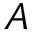
A